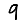
Digit: 9